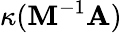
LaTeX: \kappa(\mathbf{M}^{-1}\mathbf{A})